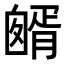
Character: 𦠷